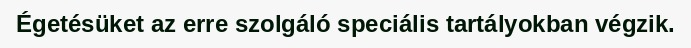
Égetésüket az erre szolgáló speciális tartályokban végzik.